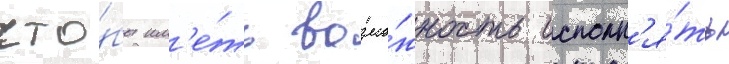
что́бы им'е́ть возмо́жность исполн'я́ть